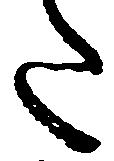
た